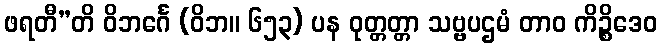
ဖရတီ”တိ ဝိဘင်္ဂေ (ဝိဘ။ ၆၅၃) ပန ဝုတ္တတ္တာ သဗ္ဗပဌမံ တာဝ ကိဉ္စိဒေဝ